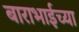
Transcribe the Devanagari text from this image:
बाराभाईच्या